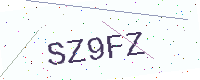
Text: SZ9FZ